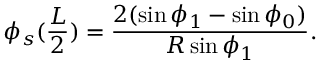
\phi _ { s } ( \frac { L } { 2 } ) = \frac { 2 ( \sin \phi _ { 1 } - \sin \phi _ { 0 } ) } { R \sin \phi _ { 1 } } .